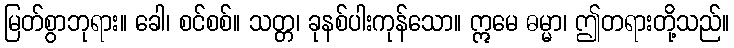
မြတ်စွာဘုရား။ ခေါ၊ စင်စစ်။ သတ္တ၊ ခုနစ်ပါးကုန်သော။ ဣမေ ဓမ္မာ၊ ဤတရားတို့သည်။